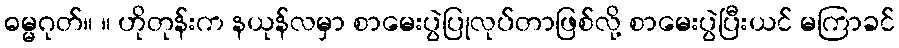
ဓမ္မဂုတ်။ ။ ဟိုတုန်းက နယုန်လမှာ စာမေးပွဲပြုလုပ်တာဖြစ်လို့ စာမေးပွဲပြီးယင် မကြာခင်